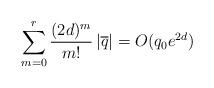
LaTeX: \begin{align*}\sum_{m=0}^{r}\frac{(2d)^m}{m!}\left|\overline{q}\right|=O(q_0e^{2d})\end{align*}